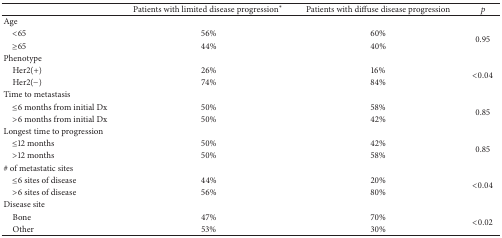
<table><thead><tr><td><b> </b></td><td><b>Patients with limited disease progression<sup><i>∗</i></sup> </b></td><td><b>Patients with diffuse disease progression</b></td><td><b><i>p</i></b></td></tr></thead><tbody><tr><td>Age</td><td> </td><td> </td><td> </td></tr><tr><td> &lt;65</td><td>56%</td><td>60%</td><td rowspan="2">0.95</td></tr><tr><td> ≥65</td><td>44%</td><td>40%</td></tr><tr><td>Phenotype</td><td> </td><td> </td><td> </td></tr><tr><td> Her2(+)</td><td>26%</td><td>16%</td><td rowspan="2">&lt;0.04</td></tr><tr><td> Her2(−)</td><td>74%</td><td>84%</td></tr><tr><td>Time to metastasis</td><td> </td><td> </td><td> </td></tr><tr><td> ≤6 months from initial Dx</td><td>50%</td><td>58%</td><td rowspan="2">0.85</td></tr><tr><td> &gt;6 months from initial Dx</td><td>50%</td><td>42%</td></tr><tr><td>Longest time to progression</td><td> </td><td> </td><td> </td></tr><tr><td> ≤12 months</td><td>50%</td><td>42%</td><td rowspan="2">0.85</td></tr><tr><td> &gt;12 months</td><td>50%</td><td>58%</td></tr><tr><td># of metastatic sites</td><td> </td><td> </td><td> </td></tr><tr><td> ≤6 sites of disease</td><td>44%</td><td>20%</td><td rowspan="2">&lt;0.04</td></tr><tr><td> &gt;6 sites of disease</td><td>56%</td><td>80%</td></tr><tr><td>Disease site</td><td> </td><td> </td><td> </td></tr><tr><td> Bone</td><td>47%</td><td>70%</td><td rowspan="2">&lt;0.02</td></tr><tr><td> Other</td><td>53%</td><td>30%</td></tr></tbody></table>